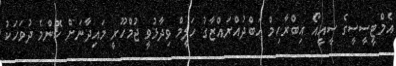
އެމްޓީސީސީގެ ސީއީއޯ އިބްރާހިމް އަބްދުއްރައްޒާގު ހަލީމް ވިދާޅުވީ ޖުމްހޫރީ މައިދާނަށް ކޮންމެ ދުވަހަކު